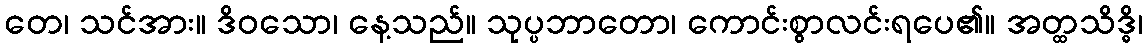
တေ၊ သင်အား။ ဒိဝသော၊ နေ့သည်။ သုပ္ပဘာတော၊ ကောင်းစွာလင်းရပေ၏။ အတ္ထသိဒ္ဓိ၊